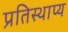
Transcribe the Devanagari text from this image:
प्रतिस्थाप्य